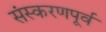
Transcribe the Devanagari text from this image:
संस्करणपूर्व